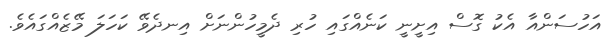
އަހުސަންއާ އެކު ގޮސް އިށީނީ ކަނެއްގައި ހުރި ދެމީހުންނަށް އިނދެވޭ ކަހަލަ މޭޒެއްގައެވެ.